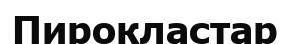
Пирокластар